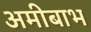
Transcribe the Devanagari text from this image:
अमीबाभ